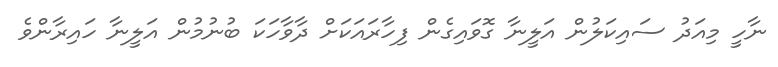
ނާހީ މިއަދު ސައިކަލުން އަލީނާ ގޮވައިގެން ފިހާރައަކަށް ދާވާހަކަ ބުނުމުން އަލީނާ ހައިރާންވެ